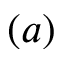
( a )